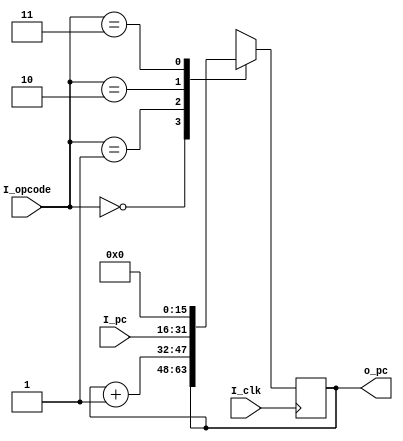
`timescale 1ns / 1ps
//////////////////////////////////////////////////////////////////////////////////
// Company: 
// Engineer: 
// 
// Design Name: 
// Module Name: PC Unit
// Project Name: 
// Target Devices: 
// Tool Versions: 
// Description: 
// 
// Dependencies: 
// 
// Revision:
// Revision 0.01 - File Created
// Additional Comments:
// 
//////////////////////////////////////////////////////////////////////////////////


module pc_unit (
input I_clk,
input [1:0] I_opcode, 
input [15:0] I_pc,
output reg [15:0] o_pc
);
initial begin
     o_pc <= 0;
end
always@(negedge I_clk) begin
	case (I_opcode) 
		2'b00 :  o_pc <= o_pc;
		2'b01 : o_pc <= o_pc + 1;
		2'b10 : o_pc <= I_pc;
		2'b11 : o_pc <= 0;
    endcase
end
endmodule